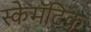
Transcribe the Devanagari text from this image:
स्केमॅटिक